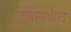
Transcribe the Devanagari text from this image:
गुंडीमधील